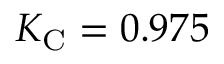
K _ { \mathrm { C } } = 0 . 9 7 5